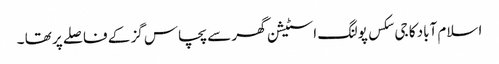
اسلام آباد کا جی سکس پولنگ اسٹیشن گھر سے پچاس گز کے فاصلے پر تھا ۔